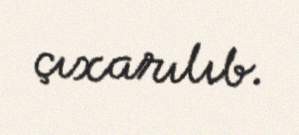
çıxarılıb.